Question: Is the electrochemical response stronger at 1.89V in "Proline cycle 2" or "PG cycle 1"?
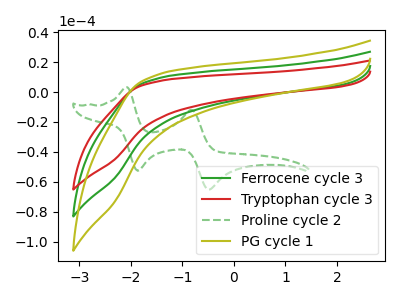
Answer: <think>The green curve "Ferrocene cycle 3" has no peaks. The red curve "Tryptophan cycle 3" has no peaks. The green dashed curve "Proline cycle 2" has anodic peaks at (-2.10V, 3.30uA) (-0.85V, -11.90uA) and cathodic peaks at (-1.85V, -52.50uA) (-0.50V, -65.15uA). The olive curve "PG cycle 1" has no peaks.</think>
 <answer>"Proline cycle 2" and "PG cycle 1" dont share a peak at 1.89V.</answer>
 <eval>mismatch</eval>